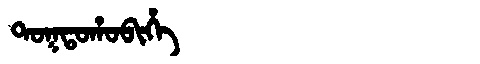
Manchu: ᡨᠣᡴᡨᠣᡥᠣᠪᡳᡥᡝ
Romanization: TOKTOHOBIHE